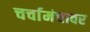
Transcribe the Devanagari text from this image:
चर्चामंचावर